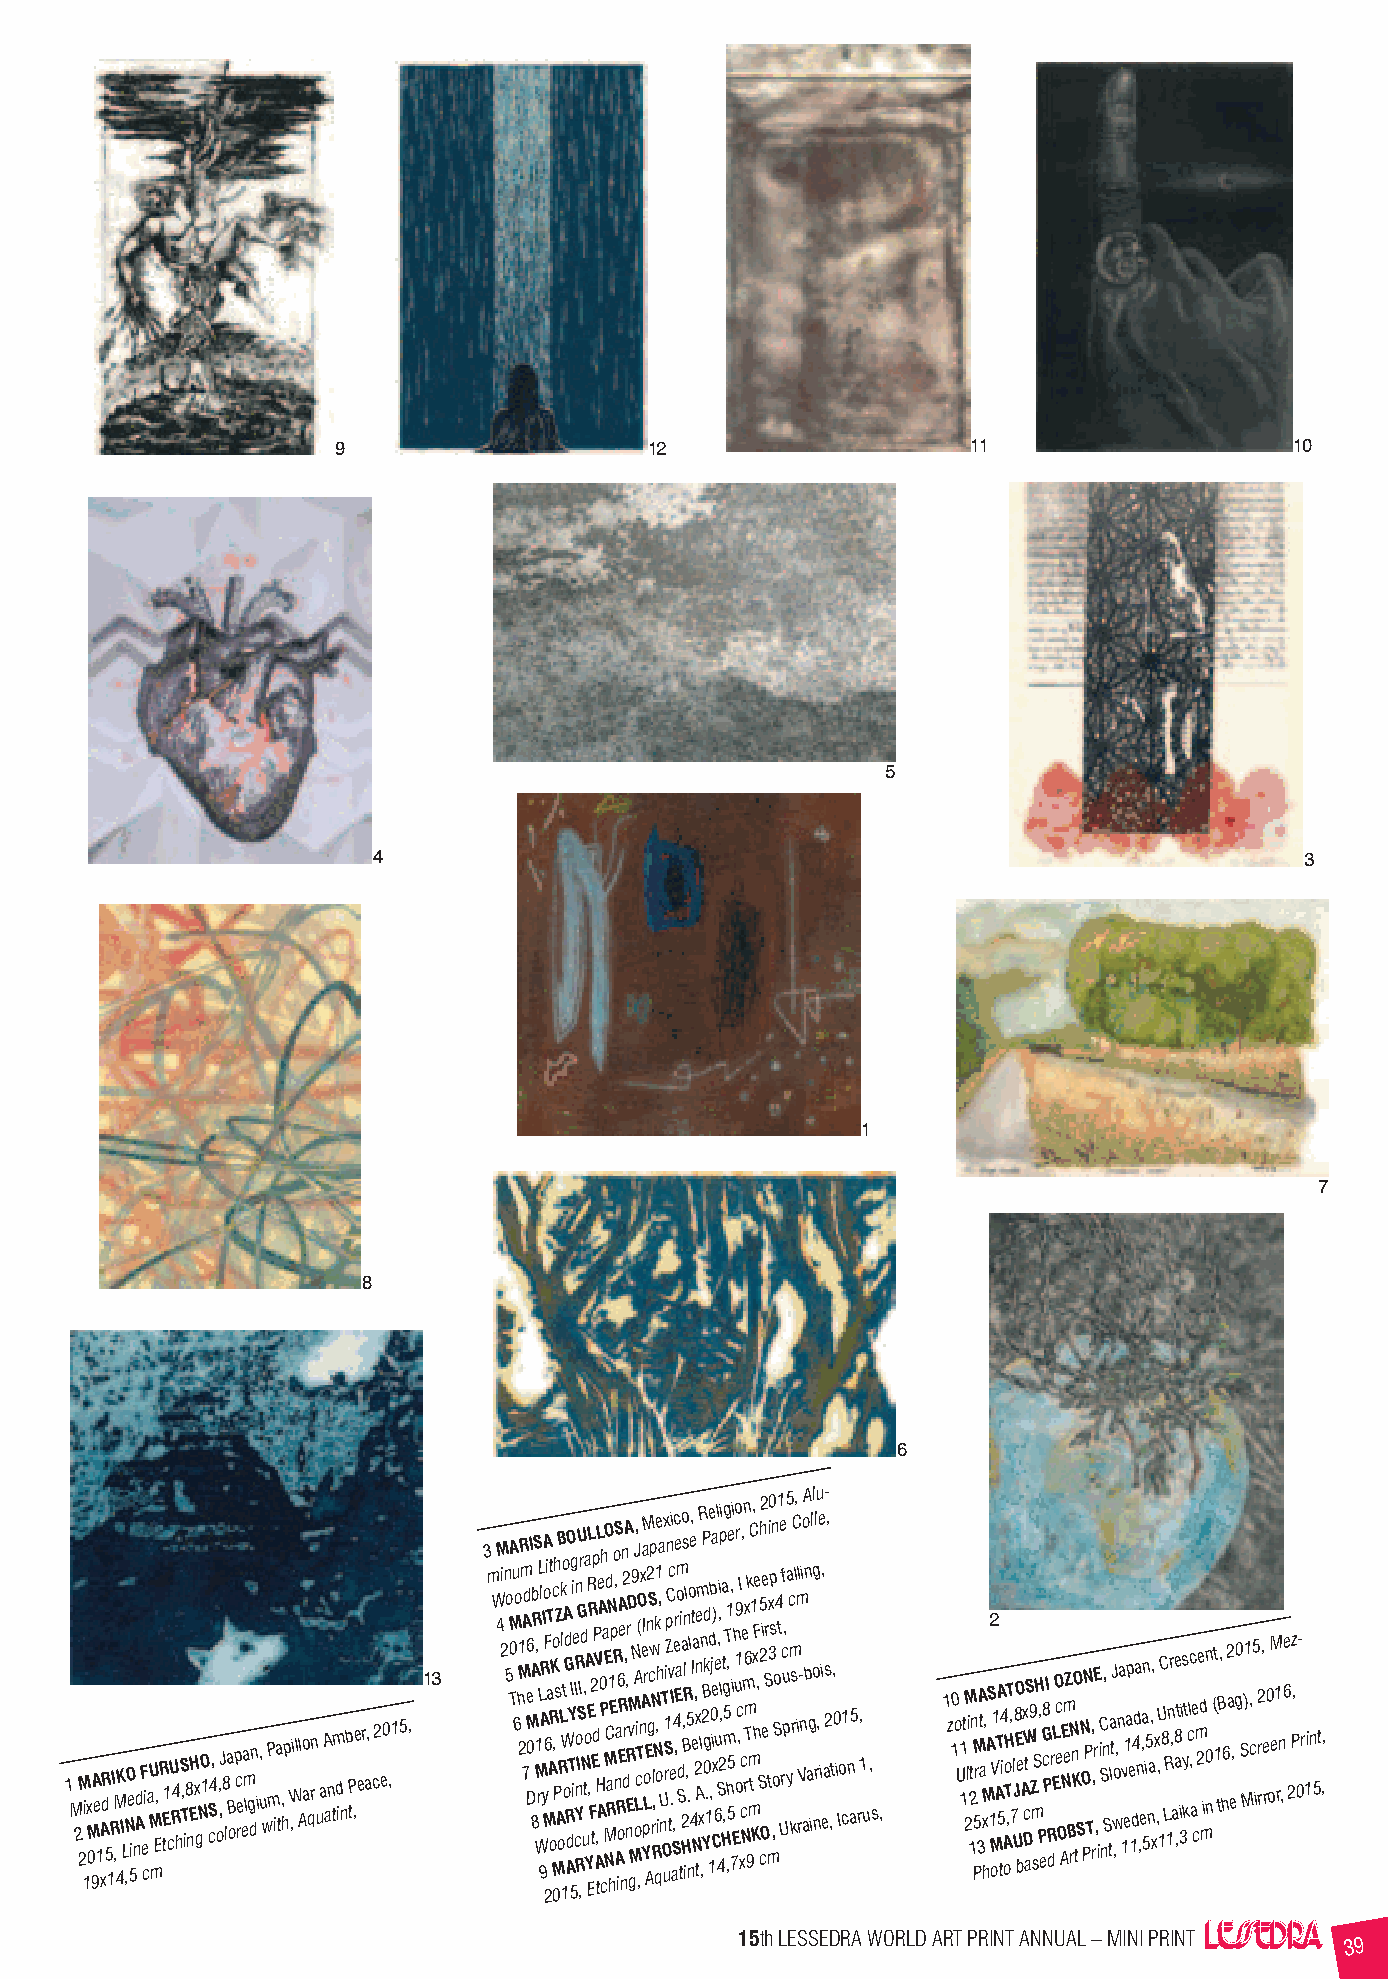
9                    12                   11                    10
 5
 4                                                            3
 1
 7
 8
 6
 1 M 2 M 2i 1 x M 0 9A e 1 xAdR 5 1 RI ,M 4K I L ,NO e 5ind A F e ci aU M mE, R tE1 cU R4 hS , T i8 nH Ex gNO 1 cS4, o,,J 8 la B o p c e rea m lg dn i , u w P m ia t, hp W ,i ll Ao a qrn u aA an tm d in b P t,e e r a, c2 e0 ,1 5, 13 3 m W M 4i 2n 5 o M T0A u 6 o hM 21R m 7 Ad e M D06I 8 Ab R S M W1, rLL 9 l ARI yA o M 26Fi aT A ot RKoc M 0, Ph sZ A B oRLk l 1Wto oA d G R A dO Y T 5Ig ii e I cR nn o RYIU G SI ,r d N, u t oa A Y EL ER ,R F2 tE p dP V A, tL H Ae A 0 P ch a MEO M NCd a RN 1 h Ep Ro , nS Aa R i6 oEA Re nn 2 d, rA , nERr D vM gM 9 N o, AJ Li c( T ,O nx Aea I YpM Lr oE An2 gS cwp rN , RlNk q 1 oe , ih,a U n T O x urS 1iZpn C tvc e .Ii aS,4e ,c e r Eaom d S ti a 2 Ho ,s Bn l R il ,5 . no l, e 4 It ea N, 2x An tem R xln ,2BP Yg 0kd . 1de , 1b 0j ia e x C) 6e ul , S 4i , 2l ,pi a Ht g ,mg 5T ,1 , h 55e , 7i i E h uo o9 1r , cI xc c N, e mn rx 6 m T k 9mm C t1, Kx hFe , S c5 2h2 Oie eSr mti x 30 p s ,n oSo4 1 t Ue rcf , u p 5 a y c m ks rC l , iml r- V ni aoA bn ag ill og nl r,u e i , i ea- s 2 , , t, 0 i Io c1 n a5 r, 1 u , s , 1 z 10 o U 11 t 2M li 12 tn PM 5r 3 A t a M x h, A S2 1 oMV1 ATA 5 ti4 oAoH T ,T , 7 l J U8O E be Ax DW ct aS 9 Z m sS H P, eG8 c PI R d r L EO c e O AE Nm eZ B rN n KO tS N O PN P T, , rrE , i iC nS, n S ta ltJ w ,o,n a 1v e1ap e 1d4da n ,ea ,n 5i5 na,, x x ,,U 1C 8 LR 1nr , ae 8 a ,t i 3is y k t cl , c ae c m 2e d min n0 ( t 1B t, h 62 a e,g0 S M)1 , c5 i2 r r, e r 0 oM e1 rn ,e 6 2z P, 0 - r 1in 5t ,,
 15th LESSEDRA WORLD ART PRINT ANNUAL – MINI PRINT
 39